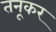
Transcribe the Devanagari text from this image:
तनूकर